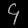
Digit: ၄